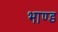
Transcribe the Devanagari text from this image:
भाण्ड